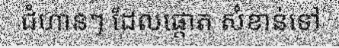
ជំហានៗ ដែលផ្តោត សំខាន់ទៅ